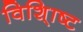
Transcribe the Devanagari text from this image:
विशि्ाष्ट